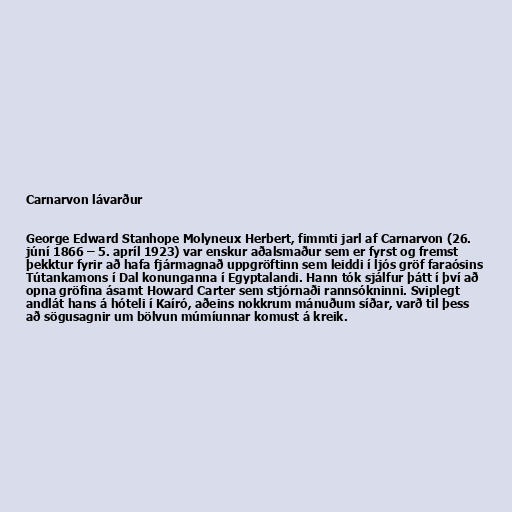
Carnarvon lávarður

George Edward Stanhope Molyneux Herbert, fimmti jarl af Carnarvon (26.
júní 1866 – 5. apríl 1923) var enskur aðalsmaður sem er fyrst og fremst
þekktur fyrir að hafa fjármagnað uppgröftinn sem leiddi í ljós gröf faraósins
Tútankamons í Dal konunganna í Egyptalandi. Hann tók sjálfur þátt í því að
opna gröfina ásamt Howard Carter sem stjórnaði rannsókninni. Sviplegt
andlát hans á hóteli í Kaíró, aðeins nokkrum mánuðum síðar, varð til þess
að sögusagnir um bölvun múmíunnar komust á kreik.